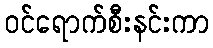
ဝင်ရောက်စီးနင်းကာ